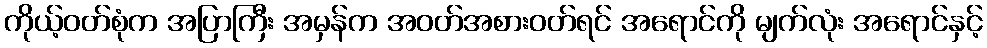
ကိုယ့်ဝတ်စုံက အပြာကြီး အမှန်က အဝတ်အစားဝတ်ရင် အရောင်ကို မျက်လုံး အရောင်နှင့်